Report on the cholera epidemic of
Year: 1868
Disease focus: Cholera
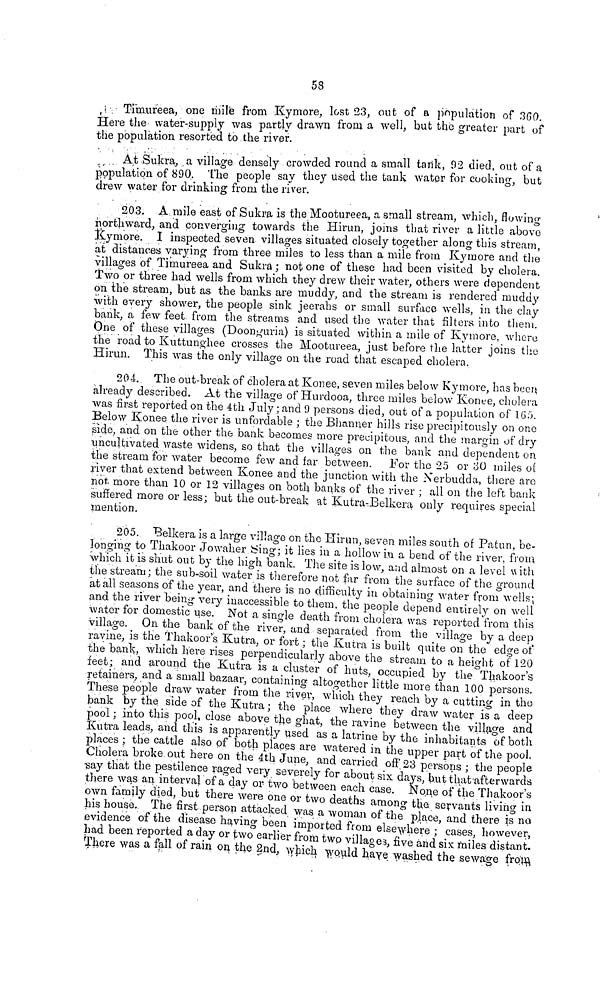
58
Timureea, one mile from Kymore, lost 23, out of a population of 360.
Here the water-supply was partly drawn from a well, but the greater part of
the population resorted to the river.
At Sukra, a village densely crowded round a small tank, 92 died, out of a
population of 890. The people say they used the tank water for cooking, but
drew water for drinking from the river.
203. A mile east of Sukra is the Mootureea, a small stream, which, flowing
northward, and converging towards the Hirun, joins that river a little above
kymore. I inspected seven villages situated closely together along this stream,
at distances varying from three miles to less than a mile from Kymore and the
villages of Timureea and Sukra ; not one of these had been visited by cholera.
Two or three had wells from which they drew their water, others were dependent
on the stream, but as the banks are muddy, and the stream is rendered muddy
with every shower, the people sink jeerahs or small surface wells, in the clay
bank, a few feet from the streams and used the water that filters into them.
One of these villages (Doonguria) is situated within a mile of Kymore, where
the road to Kuttunghee crosses the Mootureea, just before the latter joins the
Hirun. This was the only village on the road that escaped cholera.
204. The out-break of cholera at Konee, seven miles below Kymore, has been
already described. At the village of Hurdooa, three miles below Konee, cholera
was first reported on the 4th July ; and 9 persons died, out of a population of 165.
Below Konee the river is unfordable ; the Bhanuer hills rise precipitously on one
side, and on the other the bank becomes more precipitous, and the margin of dry
uncultivated waste widens, so that the villages on the bank and dependent on
the stream for water become few and far between. For the 25 or 30 miles oí
river that extend between Konee and the junction with the Nerbudda, there aro
not more than 10 or 12 villages on both banks of the river ; all on the left bank
suffered more or less; but the out-break at Kutra-Belkera only requires special
mention.
205. Belkera is a large village on the Hirun, seven miles south of Patun, be-
longing to Thakoor Jowaher Sing; it lies in a hollow in a bend of the river, from
which it is shut out by the high bank. The site is low, and almost on a level with
the stream; the sub-soil water is therefore not far from the surface of the ground
at all seasons of the year, and there is no difficulty in obtaining water from wells;
and the river being very inaccessible to them, the people depend entirely on well
water for domestic use. Not a single death from cholera was reported from this
village. On the bank of the river, and separated from the village by a deep
ravine, is the Thakoor's Kutra, or fort ; the Kutra is built quite on the edge of
the bank, which here rises perpendicularly above the stream to a height of 120
feet ; and around the Kutra is a cluster of huts, occupied by the Thakoor's
retainers, and a small bazaar, containing altogether little more than 100 persons.
These people draw water from the river, which they reach by a cutting in the
bank by the, side of the Kutra ; the place where they draw water is a deep
pool ; into this pool, close above the ghat, the ravine between the village and
Kutra leads, and this is apparently used as a latrine by the inhabitants of both
places ; the cattle also of both places are watered in the upper part of the pool.
Cholera broke out here on the 4th June, and carried off 23 persons ; the people
say that the pestilence raged very severely for about six days, but that afterwards
there was an interval of a day or two between each case. None of the Thakoor's
own family died, but there were one or two deaths among the servants living in
his house. The first person attacked was a woman of the place, and there is no
evidence 01 the disease having been imported from elsewhere ; cases however,
had been reported a day or two earlier from two villages, five and six miles distant.
There was a fall of ram on the 2nd, which would have washed the sewage froto